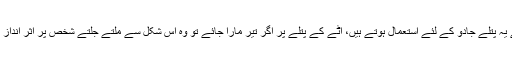
آٹے کے یہ پتلے جادو کے لئے استعمال ہوتے ہیں، آٹے کے پتلے پر اگر تیر مارا جائے تو وہ اس شکل سے ملتے جلتے شخص پر اثر انداز ہوتا ہے۔